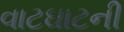
વાટઘાટની